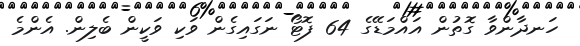
ހަނދާންވާ ގޮތުން އައްމަޑޭގެ 64 ފޮޓޯ ނަގައިގެން ވަކި ވަކީން ބެލިން. އެންމެ